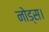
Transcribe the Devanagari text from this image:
नोड्स।